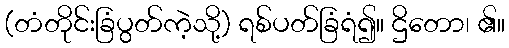
(တံတိုင်းခြံပွတ်ကဲ့သို့) ရစ်ပတ်ခြံရံ၍။ ဌိတော၊ ၏။